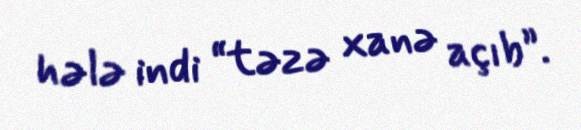
hələ indi “təzə xanə açıb”.